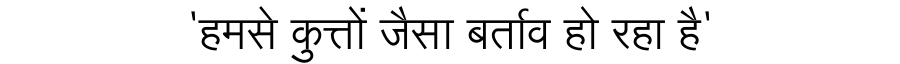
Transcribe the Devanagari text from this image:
'हमसे कुत्तों जैसा बर्ताव हो रहा है'